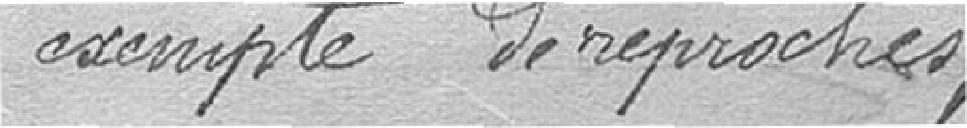
exempte de reproches